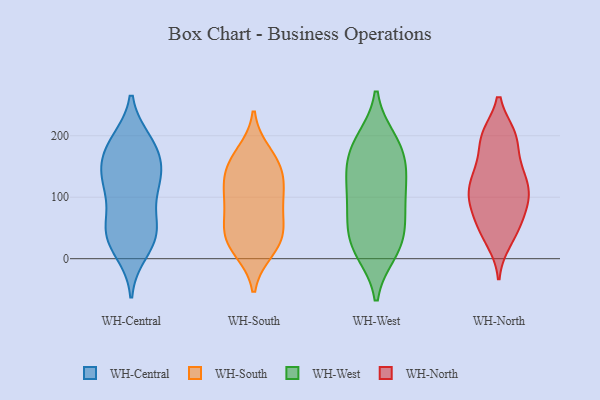
{"axis": {"x": "Temperature (°C)", "y": "Value"}, "legend": ["WH-Central", "WH-North", "WH-South", "WH-West"], "data": [{"x": "", "y": 116, "type": "WH-Central"}, {"x": "", "y": 190, "type": "WH-Central"}, {"x": "", "y": 95, "type": "WH-Central"}, {"x": "", "y": 53, "type": "WH-Central"}, {"x": "", "y": 149, "type": "WH-Central"}, {"x": "", "y": 34, "type": "WH-Central"}, {"x": "", "y": 50, "type": "WH-Central"}, {"x": "", "y": 42, "type": "WH-Central"}, {"x": "", "y": 133, "type": "WH-Central"}, {"x": "", "y": 34, "type": "WH-Central"}, {"x": "", "y": 180, "type": "WH-Central"}, {"x": "", "y": 12, "type": "WH-Central"}, {"x": "", "y": 132, "type": "WH-Central"}, {"x": "", "y": 185, "type": "WH-Central"}, {"x": "", "y": 132, "type": "WH-Central"}, {"x": "", "y": 178, "type": "WH-Central"}, {"x": "", "y": 150, "type": "WH-South"}, {"x": "", "y": 15, "type": "WH-South"}, {"x": "", "y": 48, "type": "WH-South"}, {"x": "", "y": 32, "type": "WH-South"}, {"x": "", "y": 107, "type": "WH-South"}, {"x": "", "y": 22, "type": "WH-South"}, {"x": "", "y": 171, "type": "WH-South"}, {"x": "", "y": 100, "type": "WH-South"}, {"x": "", "y": 141, "type": "WH-South"}, {"x": "", "y": 109, "type": "WH-South"}, {"x": "", "y": 154, "type": "WH-South"}, {"x": "", "y": 75, "type": "WH-South"}, {"x": "", "y": 46, "type": "WH-South"}, {"x": "", "y": 19, "type": "WH-West"}, {"x": "", "y": 144, "type": "WH-West"}, {"x": "", "y": 194, "type": "WH-West"}, {"x": "", "y": 130, "type": "WH-West"}, {"x": "", "y": 88, "type": "WH-West"}, {"x": "", "y": 10, "type": "WH-West"}, {"x": "", "y": 148, "type": "WH-West"}, {"x": "", "y": 78, "type": "WH-West"}, {"x": "", "y": 193, "type": "WH-West"}, {"x": "", "y": 33, "type": "WH-West"}, {"x": "", "y": 124, "type": "WH-West"}, {"x": "", "y": 169, "type": "WH-West"}, {"x": "", "y": 11, "type": "WH-West"}, {"x": "", "y": 184, "type": "WH-West"}, {"x": "", "y": 98, "type": "WH-West"}, {"x": "", "y": 45, "type": "WH-West"}, {"x": "", "y": 62, "type": "WH-West"}, {"x": "", "y": 91, "type": "WH-North"}, {"x": "", "y": 127, "type": "WH-North"}, {"x": "", "y": 101, "type": "WH-North"}, {"x": "", "y": 57, "type": "WH-North"}, {"x": "", "y": 42, "type": "WH-North"}, {"x": "", "y": 200, "type": "WH-North"}, {"x": "", "y": 84, "type": "WH-North"}, {"x": "", "y": 120, "type": "WH-North"}, {"x": "", "y": 198, "type": "WH-North"}, {"x": "", "y": 155, "type": "WH-North"}, {"x": "", "y": 106, "type": "WH-North"}, {"x": "", "y": 91, "type": "WH-North"}, {"x": "", "y": 134, "type": "WH-North"}, {"x": "", "y": 200, "type": "WH-North"}, {"x": "", "y": 50, "type": "WH-North"}, {"x": "", "y": 29, "type": "WH-North"}, {"x": "", "y": 146, "type": "WH-North"}, {"x": "", "y": 199, "type": "WH-North"}]}